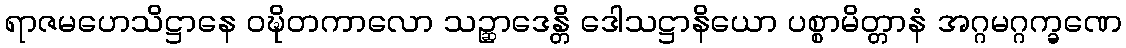
ရာဇမဟေသိဋ္ဌာနေ ဝဍ္ဎိတကာလော သဉ္ဆာဒေန္တိ ဒေါသဋ္ဌာနိယော ပစ္စာမိတ္တာနံ အဂ္ဂမဂ္ဂက္ခဏေ